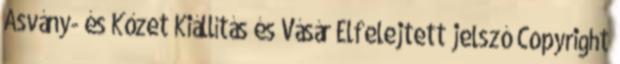
Ásvány- és Kőzet Kiállítás és Vásár Elfelejtett jelszó Copyright